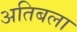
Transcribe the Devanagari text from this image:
अतिबला